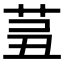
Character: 𦮊